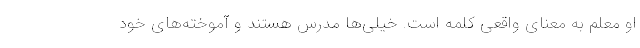
او معلم به معنای واقعی کلمه است. خیلی‌ها مدرس هستند و آموخته‌های خود